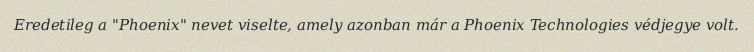
Eredetileg a "Phoenix" nevet viselte, amely azonban már a Phoenix Technologies védjegye volt.